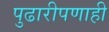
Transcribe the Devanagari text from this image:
पुढारीपणाही